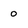
Character: 0